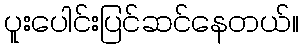
ပူးပေါင်းပြင်ဆင်နေတယ်။